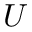
U